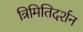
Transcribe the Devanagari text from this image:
त्रिमितिदर्शन